65_HS1-834228961_62-HQ-83894_Section_7
Agency: FBI
Page 168
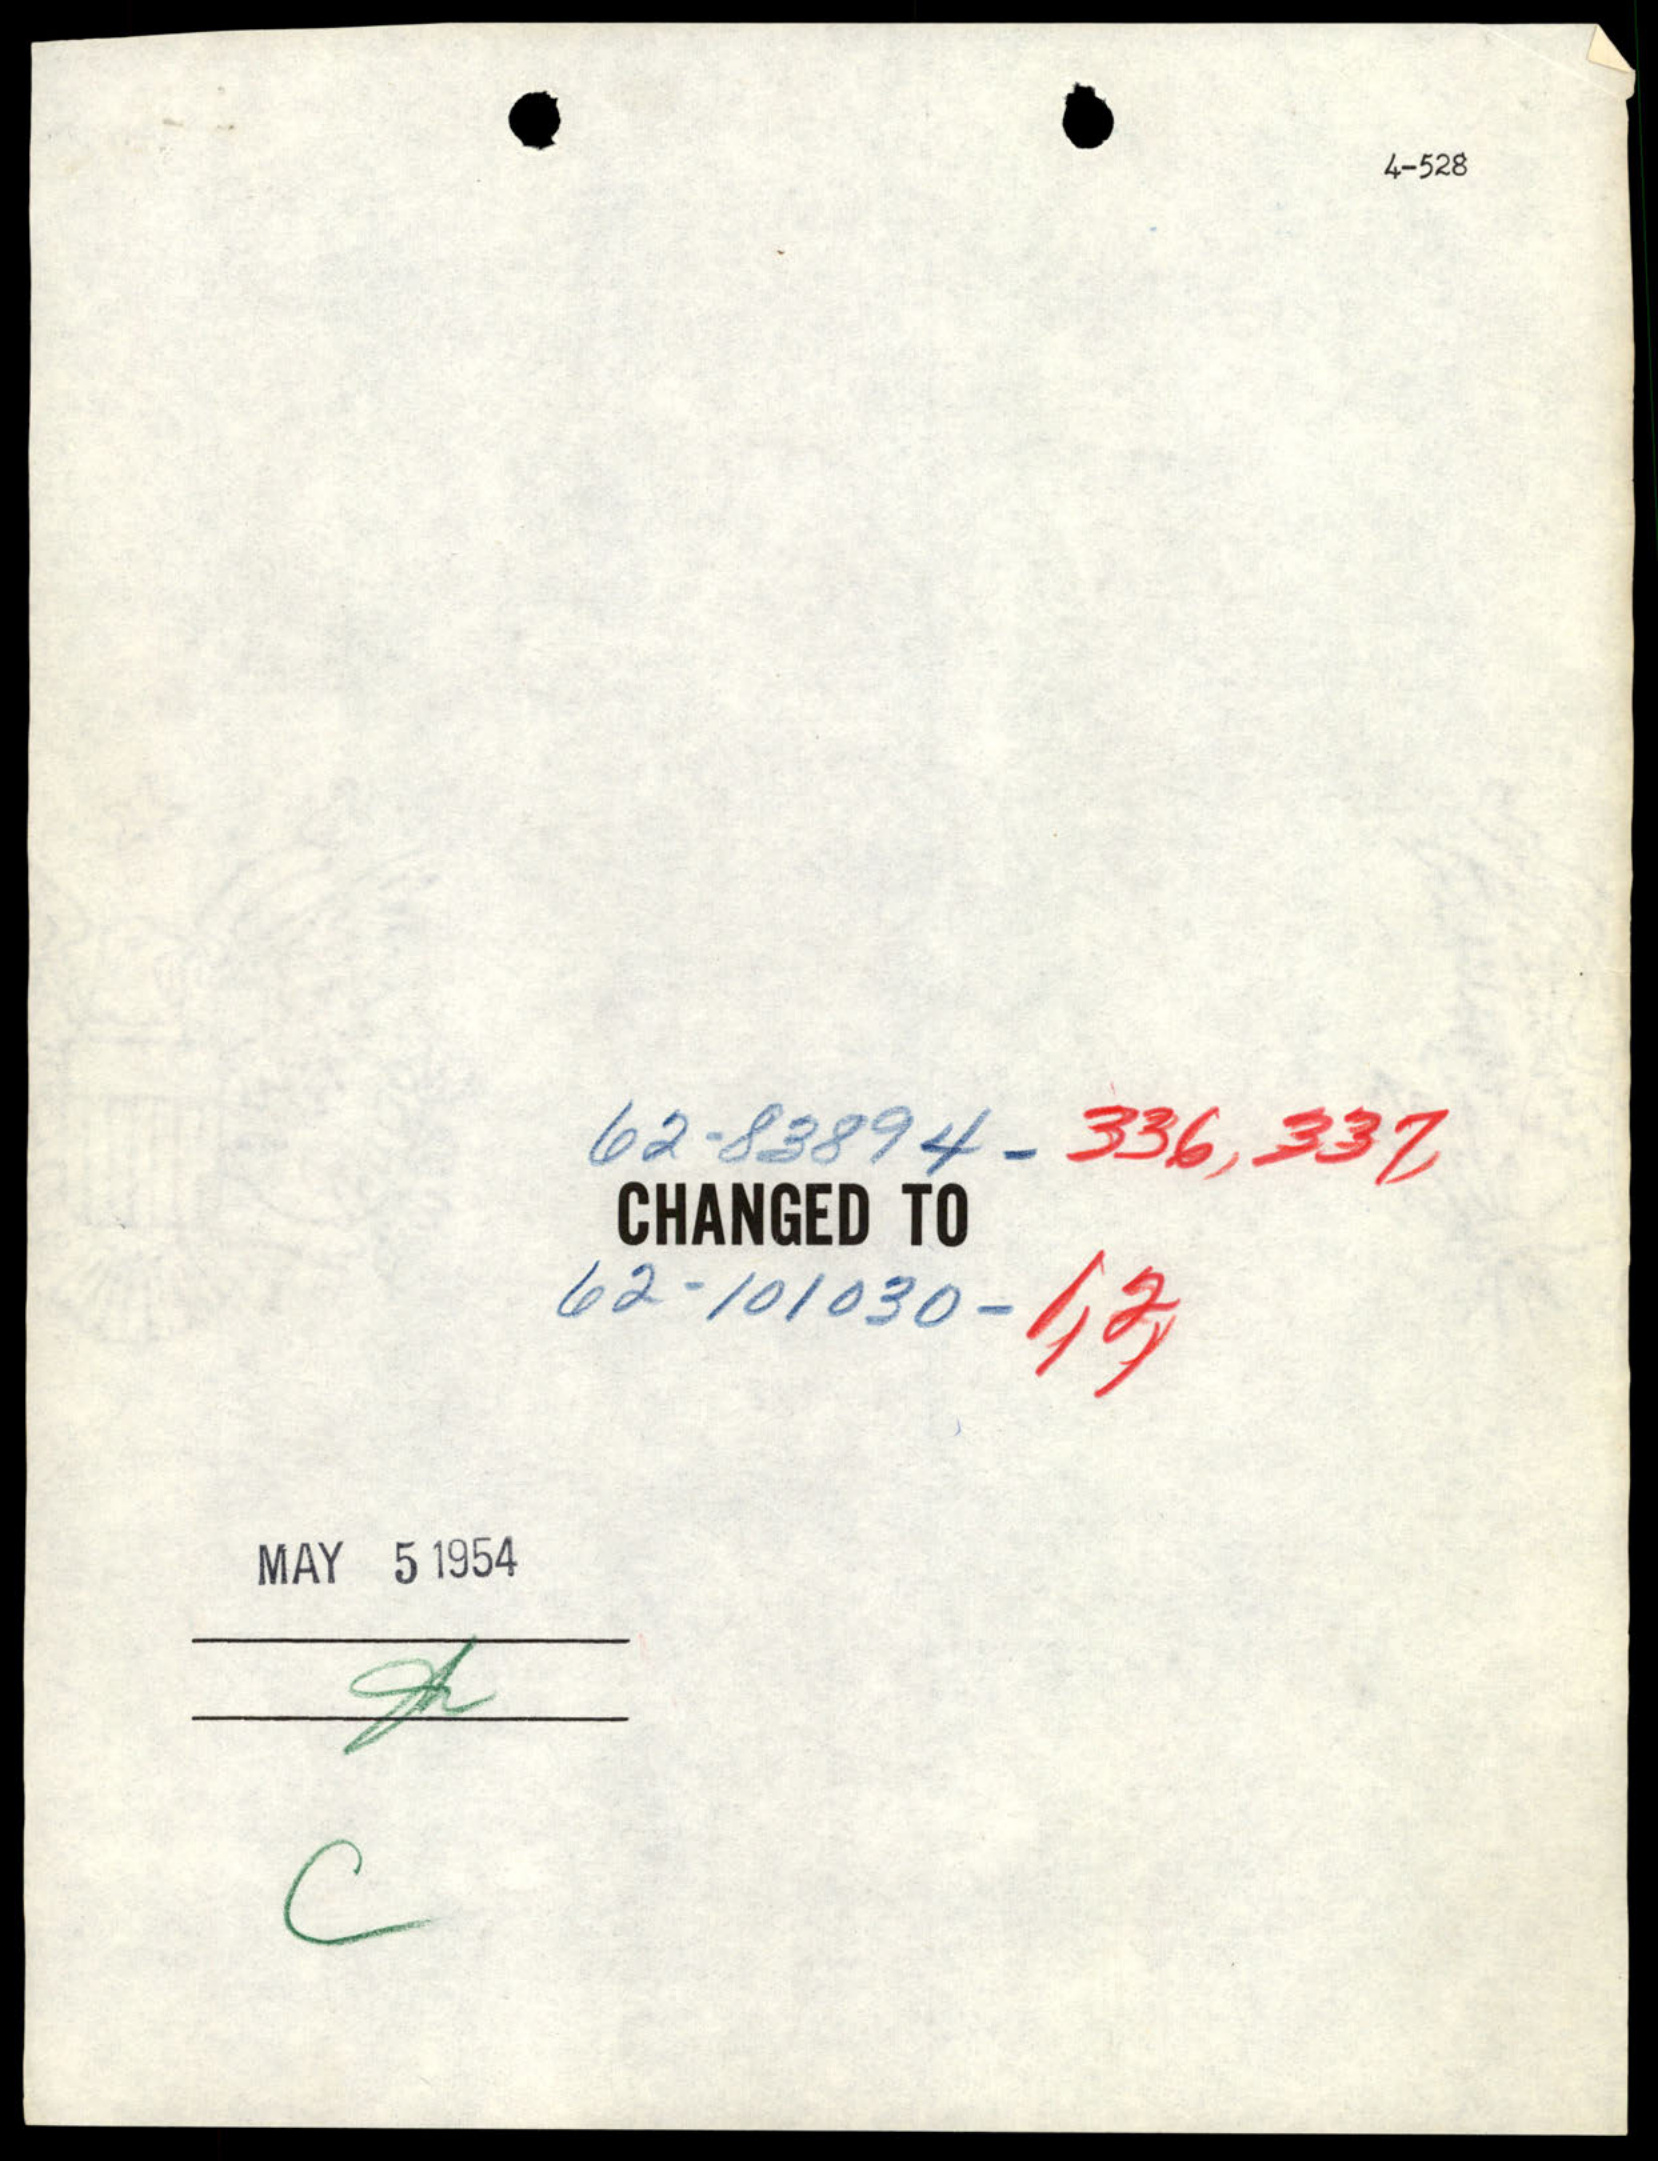